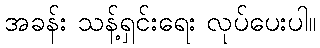
အခန်း သန့်ရှင်းရေး လုပ်ပေးပါ။